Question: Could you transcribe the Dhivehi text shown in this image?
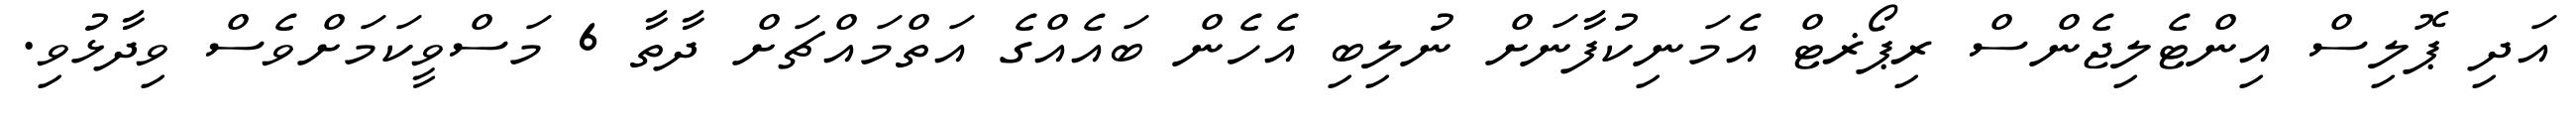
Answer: އަދި ޕޮލިސް އިންޓެލިޖެންސް ރިޕޯޜޓް އެމަނިކުފާނަށް ނުލިބި އެހެން ބައެއްގެ އަތްމައްޗަށް ދާތާ 6 މަސްވީކަމަށްވެސް ވިދާޅުވި.